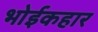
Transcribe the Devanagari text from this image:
भोईकहार